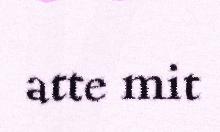
atte mit